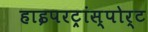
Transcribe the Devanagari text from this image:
हाइपरट्रांस्पोर्ट